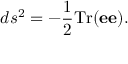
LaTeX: d s ^ { 2 } = - { \frac { 1 } { 2 } } \mathrm { T r } ( { \bf e } { \bf e } ) .